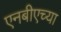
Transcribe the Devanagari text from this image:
एनबीएच्या